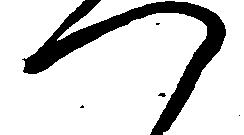
つ